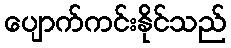
ပျောက်ကင်းနိုင်သည်